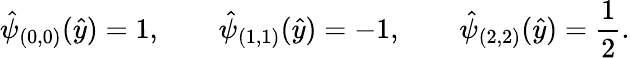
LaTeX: \hat{\psi}_{(0,0)}(\hat{y})=1,\qquad\hat{\psi}_{(1,1)}(\hat{y})=-1,\qquad\hat{\psi}_{(2,2)}(\hat{y})=\frac{1}{2}.